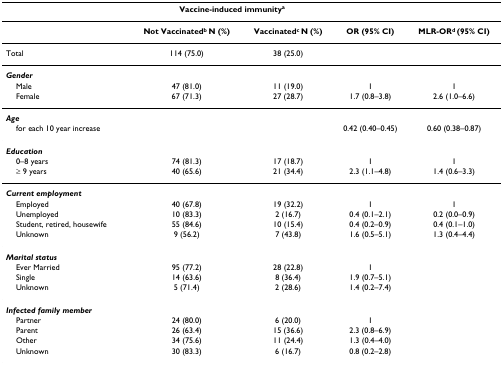
<table><thead><tr><td></td><td colspan="2"><b>Vaccine-induced immunity<sup>a</sup></b></td><td></td><td></td></tr></thead><tbody><tr><td></td><td><b>Not Vaccinated<sup>b </sup>N (%)</b></td><td><b>Vaccinated<sup>c </sup>N (%)</b></td><td><b>OR (95% CI)</b></td><td><b>MLR-OR<sup>d </sup>(95% CI)</b></td></tr><tr><td>Total</td><td>114 (75.0)</td><td>38 (25.0)</td><td></td><td></td></tr><tr><td><b><i>Gender</i></b></td><td></td><td></td><td></td><td></td></tr><tr><td> Male</td><td>47 (81.0)</td><td>11 (19.0)</td><td>1</td><td>1</td></tr><tr><td> Female</td><td>67 (71.3)</td><td>27 (28.7)</td><td>1.7 (0.8–3.8)</td><td>2.6 (1.0–6.6)</td></tr><tr><td><b><i>Age</i></b></td><td></td><td></td><td></td><td></td></tr><tr><td> for each 10 year increase</td><td></td><td></td><td>0.42 (0.40–0.45)</td><td>0.60 (0.38–0.87)</td></tr><tr><td><b><i>Education</i></b></td><td></td><td></td><td></td><td></td></tr><tr><td> 0–8 years</td><td>74 (81.3)</td><td>17 (18.7)</td><td>1</td><td>1</td></tr><tr><td> ≥ 9 years</td><td>40 (65.6)</td><td>21 (34.4)</td><td>2.3 (1.1–4.8)</td><td>1.4 (0.6–3.3)</td></tr><tr><td><b><i>Current employment</i></b></td><td></td><td></td><td></td><td></td></tr><tr><td> Employed</td><td>40 (67.8)</td><td>19 (32.2)</td><td>1</td><td>1</td></tr><tr><td> Unemployed</td><td>10 (83.3)</td><td>2 (16.7)</td><td>0.4 (0.1–2.1)</td><td>0.2 (0.0–0.9)</td></tr><tr><td> Student, retired, housewife</td><td>55 (84.6)</td><td>10 (15.4)</td><td>0.4 (0.2–0.9)</td><td>0.4 (0.1–1.0)</td></tr><tr><td> Unknown</td><td>9 (56.2)</td><td>7 (43.8)</td><td>1.6 (0.5–5.1)</td><td>1.3 (0.4–4.4)</td></tr><tr><td><b><i>Marital status</i></b></td><td></td><td></td><td></td><td></td></tr><tr><td> Ever Married</td><td>95 (77.2)</td><td>28 (22.8)</td><td>1</td><td></td></tr><tr><td> Single</td><td>14 (63.6)</td><td>8 (36.4)</td><td>1.9 (0.7–5.1)</td><td></td></tr><tr><td> Unknown</td><td>5 (71.4)</td><td>2 (28.6)</td><td>1.4 (0.2–7.4)</td><td></td></tr><tr><td><b><i>Infected family member</i></b></td><td></td><td></td><td></td><td></td></tr><tr><td> Partner</td><td>24 (80.0)</td><td>6 (20.0)</td><td>1</td><td></td></tr><tr><td> Parent</td><td>26 (63.4)</td><td>15 (36.6)</td><td>2.3 (0.8–6.9)</td><td></td></tr><tr><td> Other</td><td>34 (75.6)</td><td>11 (24.4)</td><td>1.3 (0.4–4.0)</td><td></td></tr><tr><td> Unknown</td><td>30 (83.3)</td><td>6 (16.7)</td><td>0.8 (0.2–2.8)</td><td></td></tr></tbody></table>